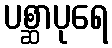
ပစ္ဆာပုရေ